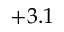
+ 3 . 1